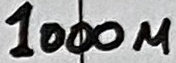
Text: 1000u